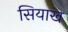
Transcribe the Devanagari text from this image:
सियाख